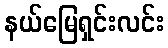
နယ်မြေရှင်းလင်း